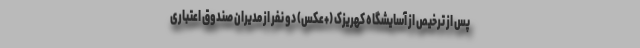
پس از ترخیص از آسایشگاه کهریزک (+عکس) دو نفر از مدیران صندوق اعتباری